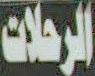
الرحلات